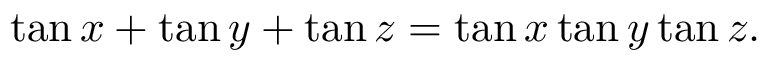
\tan x + \tan y + \tan z = \tan x \tan y \tan z .